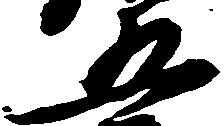
五